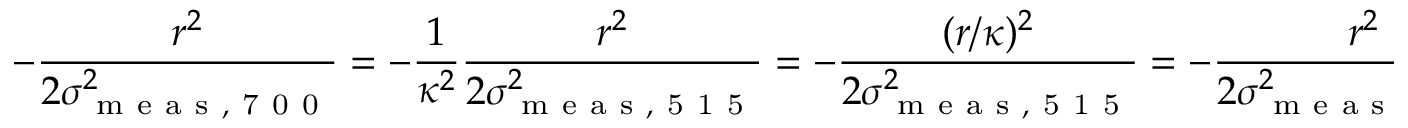
- \frac { r ^ { 2 } } { 2 \sigma _ { \mathrm { ~ m ~ e ~ a ~ s ~ , ~ 7 ~ 0 ~ 0 ~ } } ^ { 2 } } = - \frac { 1 } { \kappa ^ { 2 } } \frac { r ^ { 2 } } { 2 \sigma _ { \mathrm { ~ m ~ e ~ a ~ s ~ , ~ 5 ~ 1 ~ 5 ~ } } ^ { 2 } } = - \frac { ( r / \kappa ) ^ { 2 } } { 2 \sigma _ { \mathrm { ~ m ~ e ~ a ~ s ~ , ~ 5 ~ 1 ~ 5 ~ } } ^ { 2 } } = - \frac { r ^ { 2 } } { 2 \sigma _ { \mathrm { ~ m ~ e ~ a ~ s ~ , ~ 5 ~ 1 ~ 5 ~ } } ^ { 2 } }